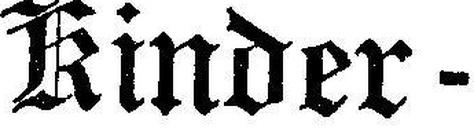
Kinder -